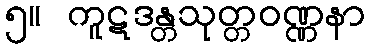
၅။ ကူဋဒန္တသုတ္တဝဏ္ဏနာ